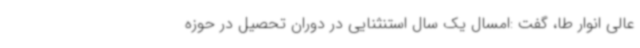
عالی انوار طا،‌ گفت :امسال یک سال استنثنایی در دوران تحصیل در حوزه